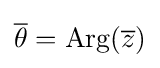
{\overline {\theta }}=\mathrm {Arg} ({\overline {z}})